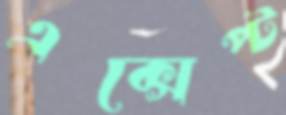
এক্সেপ্ট